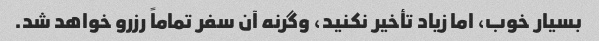
بسیار خوب، اما زیاد تأخیر نکنید، وگرنه آن سفر تماماً رزرو خواهد شد.